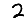
Digit: 2